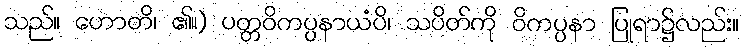
သည်။ ဟောတိ၊ ၏။) ပတ္တဝိကပ္ပနာယံပိ၊ သပိတ်ကို ဝိကပ္ပနာ ပြုရာ၌လည်း။